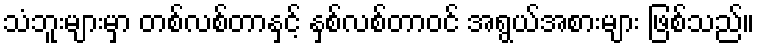
သံဘူးများမှာ တစ်လစ်တာနှင့် နှစ်လစ်တာဝင် အရွယ်အစားများ ဖြစ်သည်။